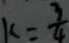
k = \frac { 3 } { 4 }